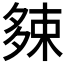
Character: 𡖯